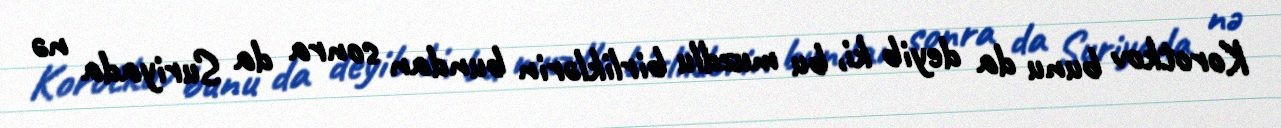
Korotkov bunu da deyib ki, bu muzdlu birliklərin bundan sonra da Suriyada nə